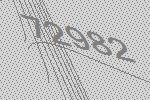
72982